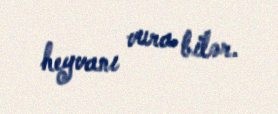
heyvanı vura bilər.